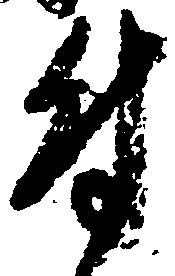
付